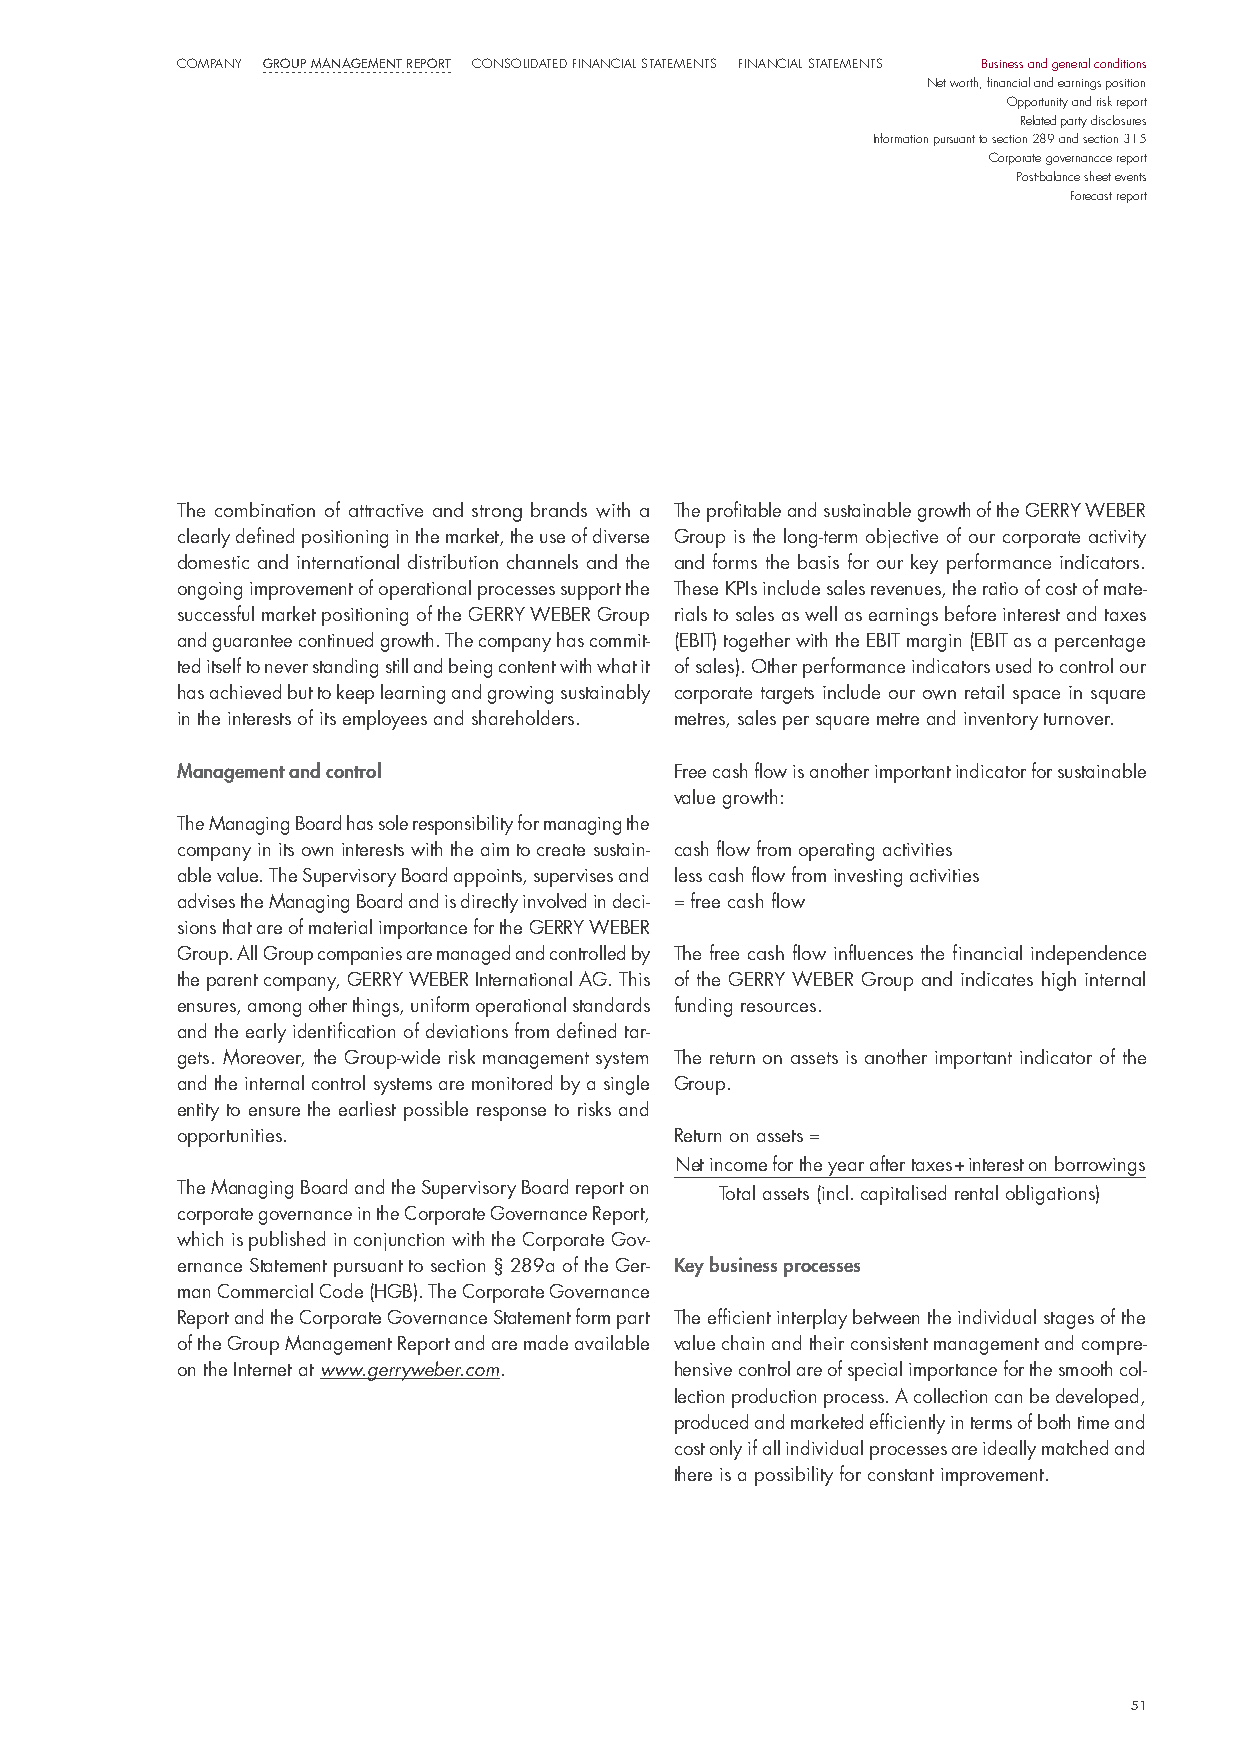
COmPaNy Group ManaGeMent report CONsOlIdated FINaNCIal statemeNts FINaNCIal statemeNts Business and general conditions
 Net worth, financial and earnings position
 Opportunity and risk report
 Related party disclosures
 Information pursuant to section 289 and section 315
 Corporate governancce report
 Post-balance sheet events
 Forecast report
 The combination of attractive and strong brands with a The profitable and sustainable growth of the GeRRY WeBeR
 clearly defined positioning in the market, the use of diverse Group is the long-term objective of our corporate activity
 domestic and international distribution channels and the and forms the basis for our key performance indicators.
 ongoing improvement of operational processes support the These Kpis include sales revenues, the ratio of cost of mate-
 successful market positioning of the GeRRY WeBeR Group rials to sales as well as earnings before interest and taxes
 and guarantee continued growth. The company has commit- (eBiT) together with the eBiT margin (eBiT as a percentage
 ted itself to never standing still and being content with what it of sales). other performance indicators used to control our
 has achieved but to keep learning and growing sustainably corporate targets include our own retail space in square
 in the interests of its employees and shareholders. metres, sales per square metre and inventory turnover.
 management and control           Free cash flow is another important indicator for sustainable
 value growth:
 The managing Board has sole responsibility for managing the
 company in its own interests with the aim to create sustain- cash flow from operating activities
 able value. The supervisory Board appoints, supervises and less cash flow from investing activities
 advises the managing Board and is directly involved in deci- = free cash flow
 sions that are of material importance for the GeRRY WeBeR
 Group. All Group companies are managed and controlled by The free cash flow influences the financial independence
 the parent company, GeRRY WeBeR international AG. This of the GeRRY WeBeR Group and indicates high internal
 ensures, among other things, uniform operational standards funding resources.
 and the early identification of deviations from defined tar-
 gets. moreover, the Group-wide risk management system The return on assets is another important indicator of the
 and the internal control systems are monitored by a single Group.
 entity to ensure the earliest possible response to risks and
 opportunities.                   Return on assets =
 net income for the year after taxes + interest on borrowings
 The managing Board and the supervisory Board report on
 Total assets (incl. capitalised rental obligations)
 corporate governance in the Corporate Governance Report,
 which is published in conjunction with the Corporate Gov-
 ernance statement pursuant to section § 289a of the Ger- key business processes
 man Commercial Code (hGB). The Corporate Governance
 Report and the Corporate Governance statement form part The efficient interplay between the individual stages of the
 of the Group management Report and are made available value chain and their consistent management and compre-
 on the internet at www.gerryweber.com. hensive control are of special importance for the smooth col-
 lection production process. A collection can be developed,
 produced and marketed efficiently in terms of both time and
 cost only if all individual processes are ideally matched and
 there is a possibility for constant improvement.
 51